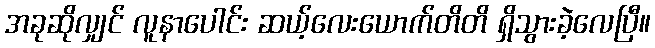
အခုဆိုလျှင် လူနာပေါင်း ဆယ့်လေးယောက်တိတိ ရှိသွားခဲ့လေပြီ။